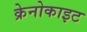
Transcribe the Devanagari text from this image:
क्रेनोकाइट